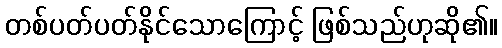
တစ်ပတ်ပတ်နိုင်သောကြောင့် ဖြစ်သည်ဟုဆို၏။